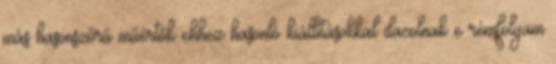
más hasonszőrű műértők ehhez hasonló kiállításokkal dacolnak e rémfolyam